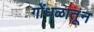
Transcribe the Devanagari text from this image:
गोंधळातून